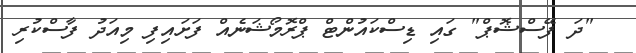
"ދަ ފޭސްޝޮޕް" ގައި ޑިސްކައުންޓް ޕްރޮމޯޝަނެއް ފަށައިފި މިއަދު ފާސްކުރި